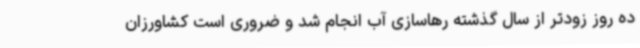
ده روز زودتر از سال گذشته رهاسازی آب انجام شد و ضروری است کشاورزان